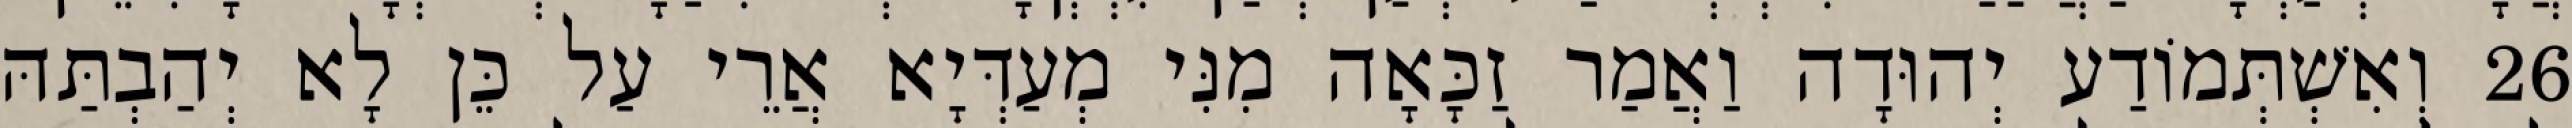
26 וְאִשְׁתְּמוֹדַע יְהוּדָה וַאֲמַר זַכָּאָה מִנִּי מְעַדְּיָא אֲרֵי עַל כֵּן לָא יְהַבְתַּהּ